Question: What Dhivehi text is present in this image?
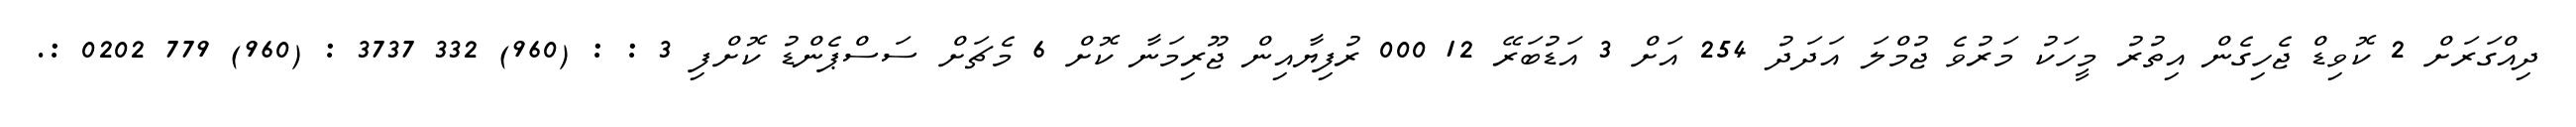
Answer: ދިއްގަރަށް 2 ކޮވިޑް ޖެހިގެން އިތުރު މީހަކު މަރުވެ ޖުމްލަ އަދަދު 254 އަށް 3 އަޑުބަރޭ 12 000 ރުފިޔާއިން ޖޫރިމަނާ ކޮށް 6 މެޗަށް ސަސްޕެންޑު ކޮށްފި 3 : : (960) 332 3737 : (960) 779 0202 :.